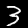
Digit: 3